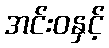
အင်းဝနှင့်